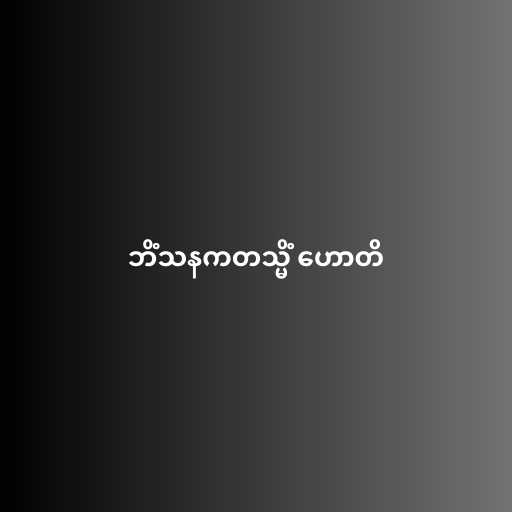
ဘိံသနကတသ္မိံ ဟောတိ